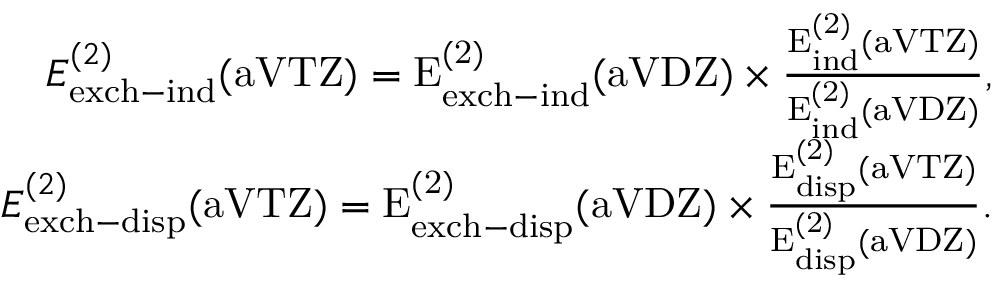
\begin{array} { r } { E _ { \mathrm { e x c h - i n d } } ^ { ( 2 ) } ( \mathrm { a V T Z ) = E _ { \mathrm { e x c h - i n d } } ^ { ( 2 ) } ( \mathrm { a V D Z ) \times \frac { E _ { \mathrm { i n d } } ^ { ( 2 ) } ( \mathrm { a V T Z ) } } { E _ { \mathrm { i n d } } ^ { ( 2 ) } ( \mathrm { a V D Z ) } } , } } } \\ { E _ { \mathrm { e x c h - d i s p } } ^ { ( 2 ) } ( \mathrm { a V T Z ) = E _ { \mathrm { e x c h - d i s p } } ^ { ( 2 ) } ( \mathrm { a V D Z ) \times \frac { E _ { \mathrm { d i s p } } ^ { ( 2 ) } ( \mathrm { a V T Z ) } } { E _ { \mathrm { d i s p } } ^ { ( 2 ) } ( \mathrm { a V D Z ) } } . } } } \end{array}